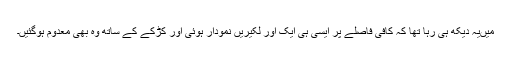
میںیہ دیکھ ہی رہا تھا کہ کافی فاصلے پر ایسی ہی ایک اور لکیریں نمودار ہوئی اور کڑکے کے ساتھ وہ بھی معدوم ہوگئیں۔